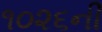
૧૦૨૬ની